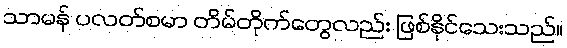
သာမန် ပလတ်စမာ တိမ်တိုက်တွေလည်း ဖြစ်နိုင်သေးသည်။